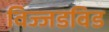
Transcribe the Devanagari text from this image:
विज्जडविड